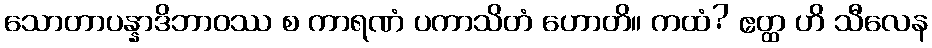
သောတာပန္နာဒိဘာဝဿ စ ကာရဏံ ပကာသိတံ ဟောတိ။ ကထံ? ဧတ္ထ ဟိ သီလေန